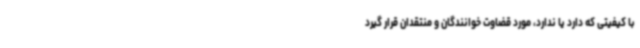
با کیفیتی که دارد یا ندارد، مورد قضاوت خوانندگان و منتقدان قرار گیرد